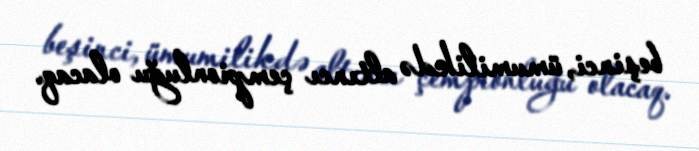
beşinci, ümumilikdə altıncı çempionluğu olacaq.